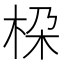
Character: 桗